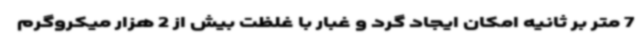
7 متر بر ثانیه امکان ایجاد گرد و غبار با غلظت بیش از 2 هزار میکروگرم